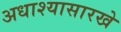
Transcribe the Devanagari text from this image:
अधाश्यासारखे